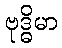
ဗုဒ္ဓိမာ